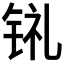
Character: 𫓳